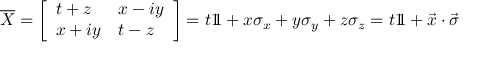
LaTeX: { \overline { { X } } } = { \left[ \begin{array} { l l } { t + z } & { x - i y } \\ { x + i y } & { t - z } \end{array} \right] } = t 1 \! \! 1 + x \sigma _ { x } + y \sigma _ { y } + z \sigma _ { z } = t 1 \! \! 1 + { \vec { x } } \cdot { \vec { \sigma } }